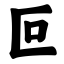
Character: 叵